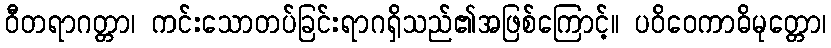
ဝီတရာဂတ္တာ၊ ကင်းသောတပ်ခြင်းရာဂရှိသည်၏အဖြစ်ကြောင့်။ ပဝိဝေကာဓိမုတ္တော၊